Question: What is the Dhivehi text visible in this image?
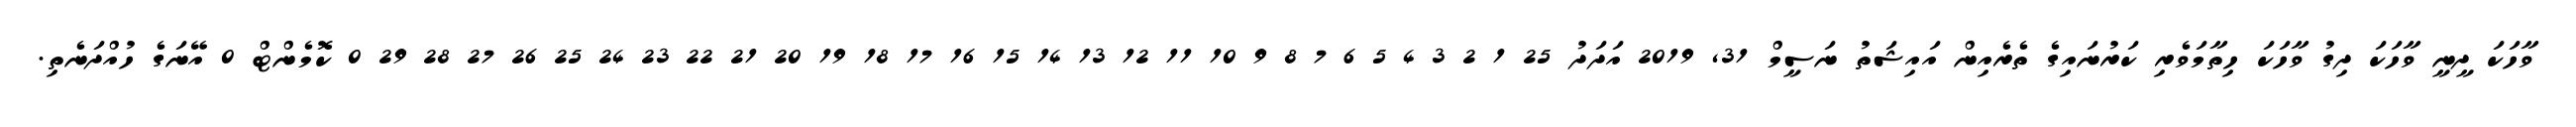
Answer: ވާހަކަ ދީނީ ވާހަކަ ދިގު ވާހަކަ ހިތާމަވެރި ކަރުނައިގެ ތެރެއިން އައިޝަތު ނަސީމް 31, 2019 އަދަދު 25 1 2 3 4 5 6 7 8 9 10 11 12 13 14 15 16 17 18 19 20 21 22 23 24 25 26 27 28 29 0 ކޮމެންޓް 0 އޭނަގެ ހުއްދަނެތި.